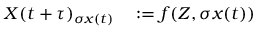
\begin{array} { r l } { X ( t + \tau ) _ { \sigma x ( t ) } } & { { } : = f ( Z , \sigma x ( t ) ) } \end{array}